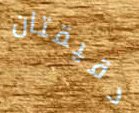
دقيقتان